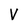
Character: V